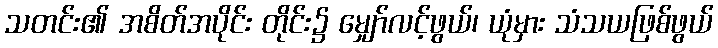
သတင်း၏ အစိတ်အပိုင်း တိုင်း၌ မျှော်လင့်ဖွယ်၊ ယုံမှား သံသယဖြစ်ဖွယ်